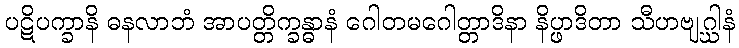
ပဋိပက္ခာနိ ဓနလာဘံ အာပတ္တိက္ခန္ဓာနံ ဂေါတမဂေါတ္တာဒိနာ နိပ္ဖာဒိတာ သီဟဗျဂ္ဃါနံ